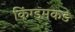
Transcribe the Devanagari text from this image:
किंग्डमकडे